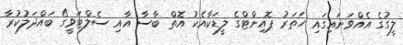
ލީގުގެ އެއްވަނައިގައި ހަތަރު ޕޮއިންޓްގެ ލީޑަކާއެކު އޮތް ބާސާ އާއި ސެލްޓަވީގޯ ބައްދަލުކުރާ